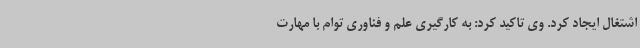
اشتغال ایجاد کرد. وی تاکید کرد: به کارگیری علم و فناوری توام با مهارت